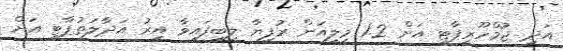
އަދި ޖުމްހޫރީޕާޓީ އަށް 1.2 މިލިއަން ރުފިޔާ ލިބިފައިވާ އިރު އަދާލަތުޕާޓީ އަށް